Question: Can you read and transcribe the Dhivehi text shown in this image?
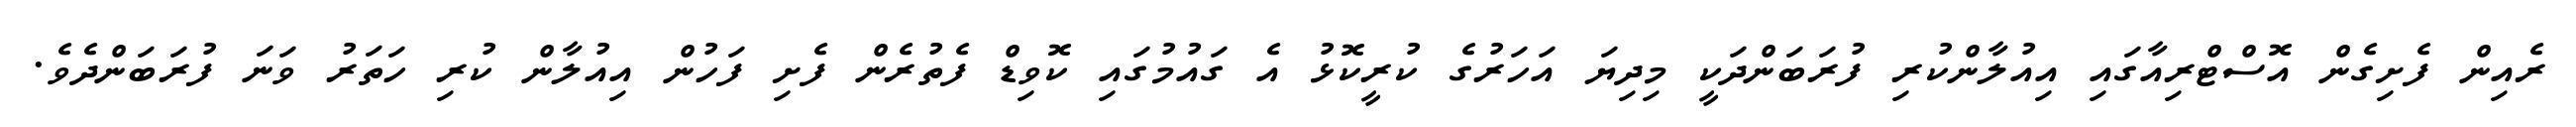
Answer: ރެއިން ފެށިގެން އޮސްޓްރިއާގައި އިއުލާންކުރި ފުރަބަންދަކީ މިދިޔަ އަހަރުގެ ކުރީކޮޅު އެ ގައުމުގައި ކޮވިޑް ފެތުރެން ފެށި ފަހުން އިއުލާން ކުރި ހަތަރު ވަނަ ފުރަބަންދެވެ.